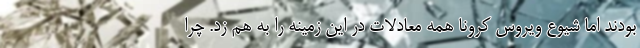
بودند اما شیوع ویروس کرونا همه معادلات در این زمینه را به هم زد. چرا